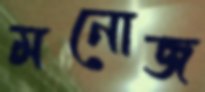
মনোজ